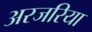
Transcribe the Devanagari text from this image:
अरजरिया